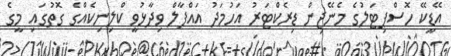
އޭޑީކޭ ހޮސްޕިޓަލުގެ މެނޭޖިން ޑިރެކްޓަރު އަހުމަދު އައްފާލް ވިދާޅުވީ ކްލިނިކެއްގެ ގޮތުގައި މީގެ